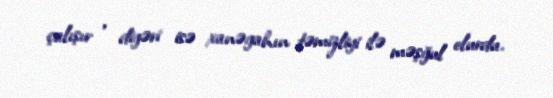
çalışır , digəri isə xanəgahın təmizliyi ilə məşğul olurdu.